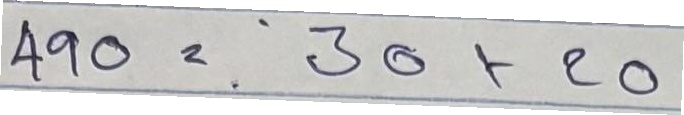
490 = 30x20